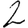
Digit: 2